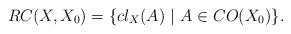
LaTeX: \begin{align*} RC(X,X_{0})=\{cl_X(A)\ |\ A\in CO(X_0)\}. \end{align*}